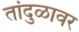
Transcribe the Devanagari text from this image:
तांदुळावर